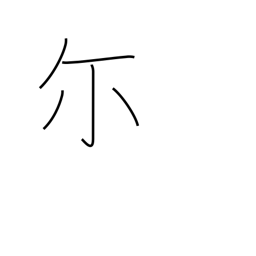
Meaning: you